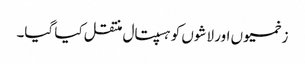
زخمیوں اور لاشوں کو ہسپتال منتقل کیا گیا۔